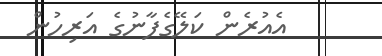
އެއުރެން ކަލޭގެފާނުގެ އަރިހުން